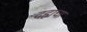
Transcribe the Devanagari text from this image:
दहाचा